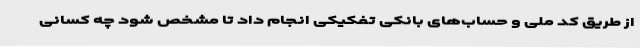
از طریق کد ملی و حساب‌های بانکی تفکیکی انجام داد تا مشخص شود چه کسانی